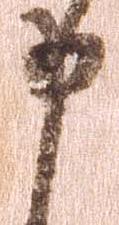
申